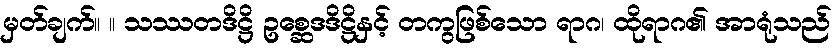
မှတ်ချက်။ ။ သဿတဒိဋ္ဌိ ဥစ္ဆေဒဒိဋ္ဌိနှင့် တကွဖြစ်သော ရာဂ၊ ထိုရာဂ၏ အာရုံသည်